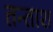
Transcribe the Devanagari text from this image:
तन्ताश